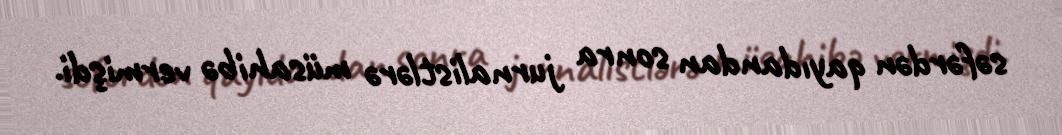
səfərdən qayıdandan sonra jurnalistlərə müsahibə vermişdi.